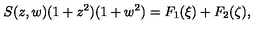
S ( z , w ) ( 1 + z ^ { 2 } ) ( 1 + w ^ { 2 } ) = F _ { 1 } ( \xi ) + F _ { 2 } ( \zeta ) ,